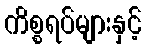
ကိစ္စရပ်များနှင့်